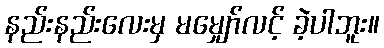
နည်းနည်းလေးမှ မမျှော်လင့် ခဲ့ပါဘူး။